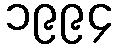
၁၉၉၄